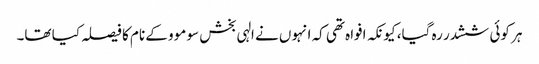
ہر کوئی ششدر رہ گیا، کیونکہ افواہ تھی کہ انہوں نے الہی بخش سو موو کے نام کا فیصلہ کیا تھا۔